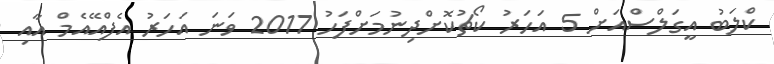
ކްލަބު އީގަލްސްއަށް 5 އަހަރު ކޯޗުކޮށްދިނުމަށްފަހު 2017 ވަނަ އަހަރު އެފްއޭއެމް އާއި